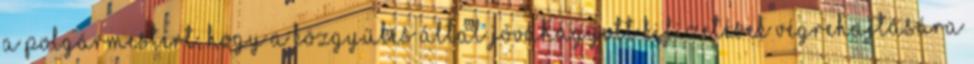
a polgármestert, hogy a közgyűlés által jóváhagyott kifizetések végrehajtására